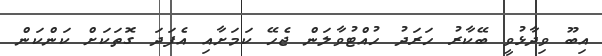
އިބޫ ވިދާޅުވީ ބޭކާރު ހަރަދު ހުއްޓުވާލަން ޖެހޭ ކަމަށާއި އެފަދަ ގޮތަކަށް ކަންކަން